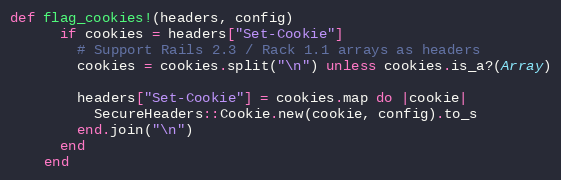
Language: Ruby
def flag_cookies!(headers, config)
      if cookies = headers["Set-Cookie"]
        # Support Rails 2.3 / Rack 1.1 arrays as headers
        cookies = cookies.split("\n") unless cookies.is_a?(Array)

        headers["Set-Cookie"] = cookies.map do |cookie|
          SecureHeaders::Cookie.new(cookie, config).to_s
        end.join("\n")
      end
    end